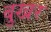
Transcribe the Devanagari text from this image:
बुखर